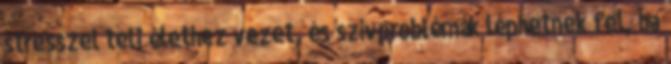
stresszel teli élethez vezet, és szívproblémák léphetnek fel, ha